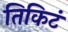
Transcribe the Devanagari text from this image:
तिकिटं